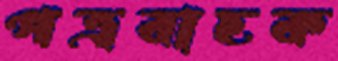
পত্রবাহক